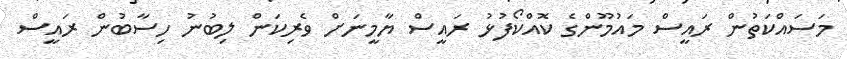
މަސައްކަތުން ރައީސް މައުމޫންގެ ކޮއްކޯފުޅު ރައީސް ޔާމީނަށް ވެރިކަން ލިބުނު ހިސާބުން ރައީސް